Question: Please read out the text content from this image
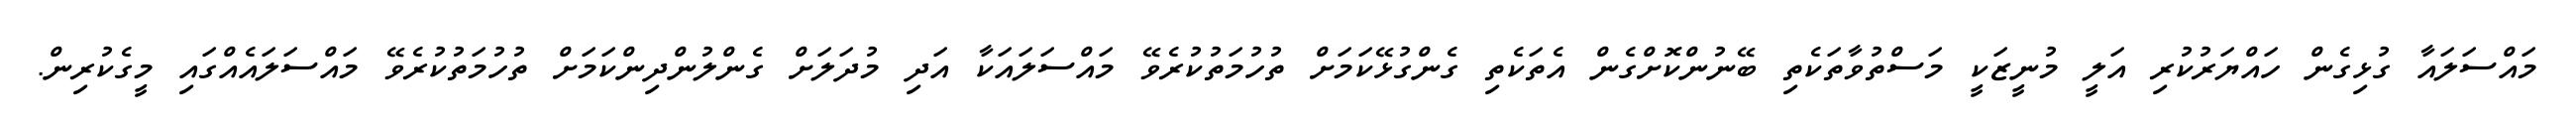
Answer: މައްސަލައާ ގުޅިގެން ހައްޔަރުކުރި އަލީ މުނީޒަކީ މަސްތުވާތަކެތި ބޭނުންކޮށްގެން އެތަކެތި ގެންގުޅޭކަމަށް ތުހުމަތުކުރެވޭ މައްސަލައަކާ އަދި މުދަލަށް ގެންލުންދިންކަމަށް ތުހުމަތުކުރެވޭ މައްސަލައެއްގައި މީގެކުރިން.